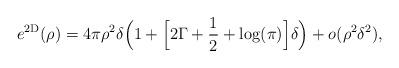
LaTeX: \begin{align*}e^{\rm{2D}}(\rho)= 4\pi \rho^2 \delta \Big(1 + \Big[2\Gamma + \frac{1}{2} + \log(\pi) \Big] \delta\Big) +o(\rho^2 \delta^2),\end{align*}